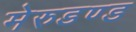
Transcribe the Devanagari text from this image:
मेरुडण्ड